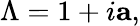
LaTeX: \Lambda=1+i\mathbf{a},